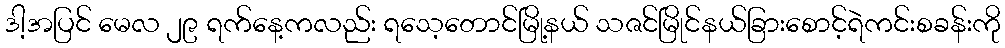
ဒါ့အပြင် မေလ ၂၉ ရက်နေ့ကလည်း ရသေ့တောင်မြို့နယ် သဇင်မြိုင်နယ်ခြားစောင့်ရဲကင်းစခန်းကို